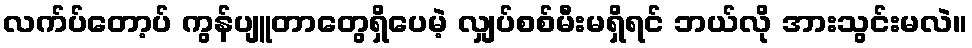
လက်ပ်တော့ပ် ကွန်ပျူတာတွေရှိပေမဲ့ လျှပ်စစ်မီးမရှိရင် ဘယ်လို အားသွင်းမလဲ။